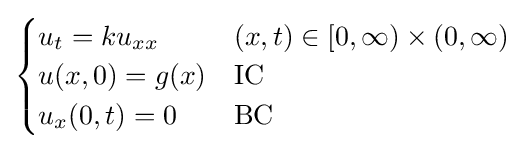
{\begin{cases}u_{t}=ku_{xx}&(x,t)\in [0,\infty )\times (0,\infty )\\u(x,0)=g(x)&{\text{IC}}\\u_{x}(0,t)=0&{\text{BC}}\end{cases}}